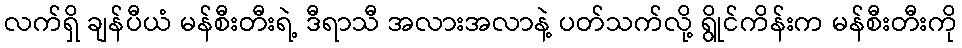
လက်ရှိ ချန်ပီယံ မန်စီးတီးရဲ့ ဒီရာသီ အလားအလာနဲ့ ပတ်သက်လို့ ရွိုင်ကိန်းက မန်စီးတီးကို